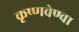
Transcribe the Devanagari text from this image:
कृष्णवेण्वा